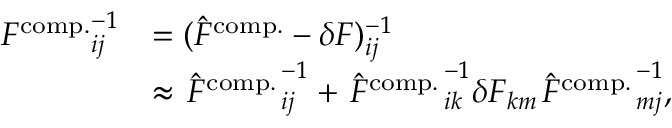
\begin{array} { r l } { { F ^ { \mathrm { c o m p . } } } _ { i j } ^ { - 1 } } & { = ( \hat { F } ^ { \mathrm { c o m p . } } - \delta F ) _ { i j } ^ { - 1 } } \\ & { \approx { \left. \hat { F } ^ { \mathrm { c o m p . } } \right. } _ { i j } ^ { - 1 } + { \left. \hat { F } ^ { \mathrm { c o m p . } } \right. } _ { i k } ^ { - 1 } \delta F _ { k m } { \left. \hat { F } ^ { \mathrm { c o m p . } } \right. } _ { m j } ^ { - 1 } , } \end{array}